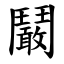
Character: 鬫